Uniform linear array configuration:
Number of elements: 4
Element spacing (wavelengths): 1
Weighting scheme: uniform
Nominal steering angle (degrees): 60
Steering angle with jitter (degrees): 61.166
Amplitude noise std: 0.05
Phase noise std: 0.05

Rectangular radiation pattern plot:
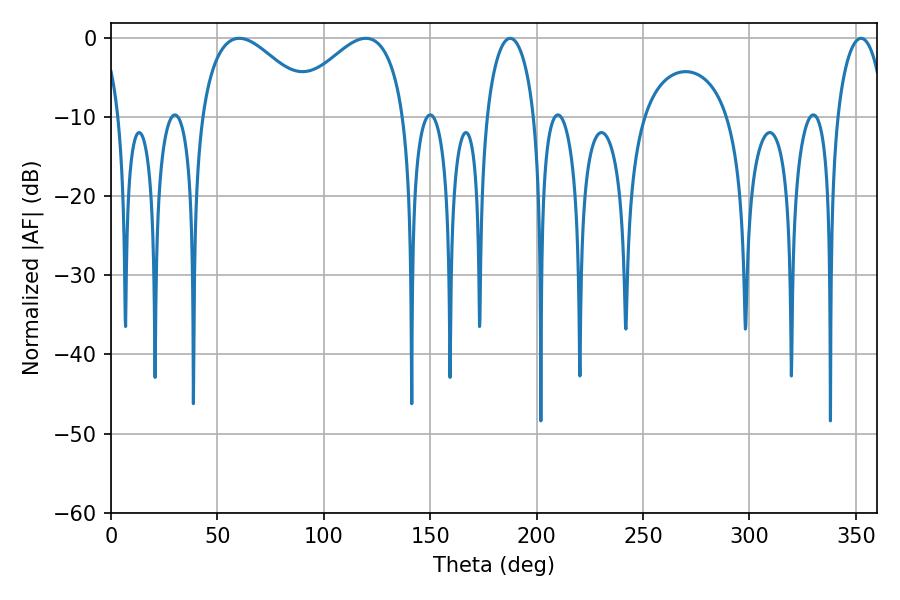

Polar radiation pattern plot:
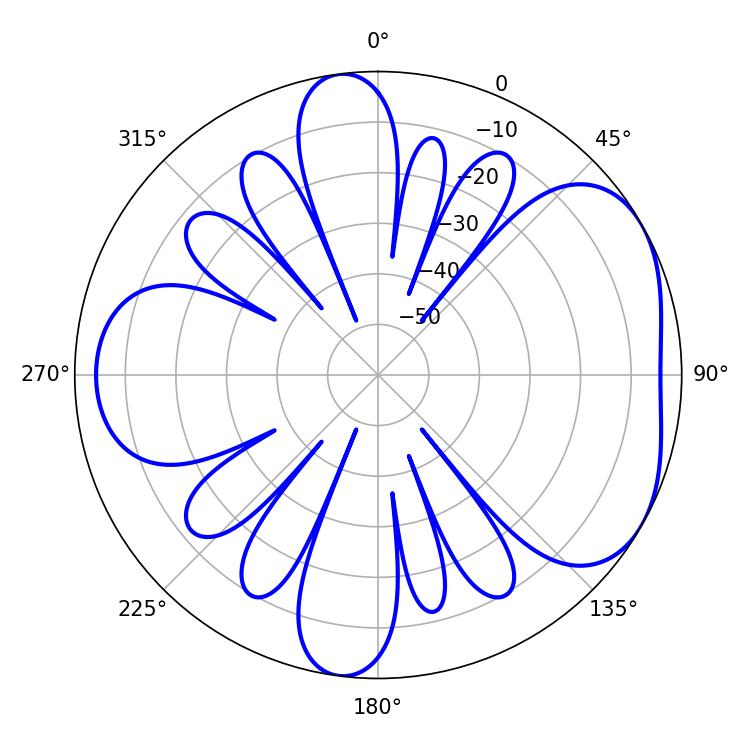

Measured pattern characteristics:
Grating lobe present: TRUE
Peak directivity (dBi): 4.745
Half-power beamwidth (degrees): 12.96
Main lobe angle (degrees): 187.56